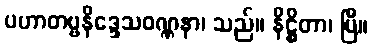
ပဟာတဗ္ဗနိဒ္ဒေသဝဏ္ဏနာ၊ သည်။ နိဋ္ဌိတာ၊ ပြီ။